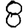
Digit: 8